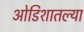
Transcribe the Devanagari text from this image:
ओडिशातल्या